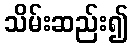
သိမ်းဆည်း၍